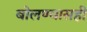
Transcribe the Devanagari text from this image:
बोलण्यासही